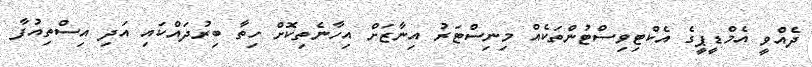
ދެއްވީ އެމްޑީޕީގެ އެކްޓިވިސްޓުންތަކެއް މިނިސްޓަރު އިނާޒަށް އިހާނެތިކޮށް ހިތާ ބިރުދައްކައި އަދި އިސްތިއުފާ